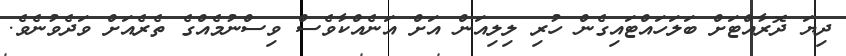
ދިޔަ ދޮރާއްޓަށް ބަލަހައްޓައިގެން ހުރި ލިލިއަން އަށް އަނެއްކާވެސް ވިސްނުމެއްގެ ތެރެެއަށް ވަދެވުނެވެ.